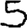
Digit: 5